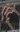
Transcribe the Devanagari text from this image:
एंट्रे